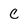
Character: C